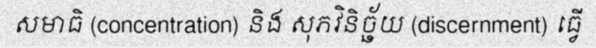
សមាធិ (concentration) និង សុភវិនិច្ឆ័យ (discernment) ធ្វើ